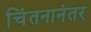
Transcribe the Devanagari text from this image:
चिंतनानंतर